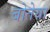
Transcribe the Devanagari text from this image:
बोतेया